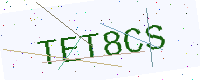
Text: TET8CS